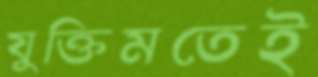
যুক্তিমতেই